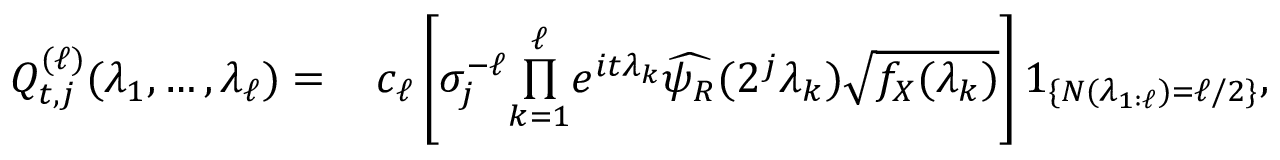
\begin{array} { r l } { Q _ { t , j } ^ { ( \ell ) } ( \lambda _ { 1 } , \ldots , \lambda _ { \ell } ) = } & { \, c _ { \ell } \left[ \sigma _ { j } ^ { - \ell } \overset { \ell } { \underset { k = 1 } { \prod } } e ^ { i t \lambda _ { k } } \widehat { \psi _ { R } } ( 2 ^ { j } \lambda _ { k } ) \sqrt { f _ { X } ( \lambda _ { k } ) } \right] 1 _ { \{ N ( \lambda _ { 1 : \ell } ) = \ell / 2 \} } , } \end{array}